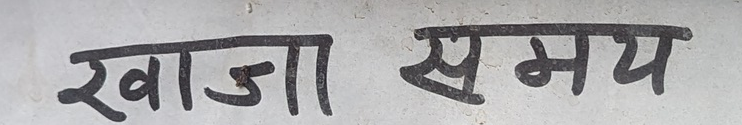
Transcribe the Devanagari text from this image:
खाजा समय